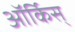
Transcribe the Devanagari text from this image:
ऑर्किस्